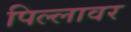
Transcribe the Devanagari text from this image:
पिल्लावर